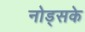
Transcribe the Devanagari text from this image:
नोड्सके